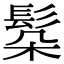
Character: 𩬻